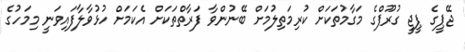
ޖޭޕީގެ ޕީޖީ ގުރޫޕްގެ މަގާމުތަކަށް ކުރިމަތިލުމަށް ބޭނުންވާ ފަރާތްތަކަށް އެކަމަށް ހުޅުވާލާފައިވަނީ މިމަހުގެ